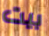
بيت